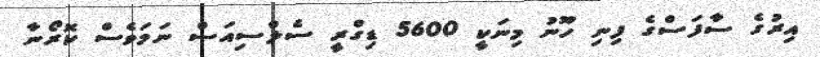
އިރުގެ ސާފަސްގެ ފިނި ހޫނު މިނަކީ 5600 ޑިގްރީ ސެލްސިއަސް ނަމަވެސް ކޮރޯނާ